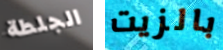
الجلطة بالزيت